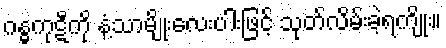
ဂန္ဓကုဋီကို နံ့သာမျိုးလေးပါးဖြင့် သုတ်လိမ်းခဲ့ရကျိုး။